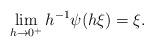
LaTeX: \begin{align*} \lim _ { h \to 0 ^ + } h ^ { - 1 } \psi ( h \xi ) = \xi .\end{align*}